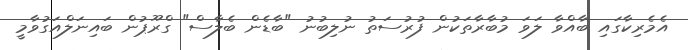
އެމެރިކާގައި ބާއްވާ ލަވަ މުބާރާތަކުން ފުރުސަތު ނުލިބުނު "ބާޑެން ބެލާސް" ގްރޫޕުން ބައިނަލްއަގުވާމީ